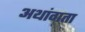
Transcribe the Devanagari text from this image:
अथांगता